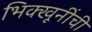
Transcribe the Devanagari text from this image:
भिक्खूनींची